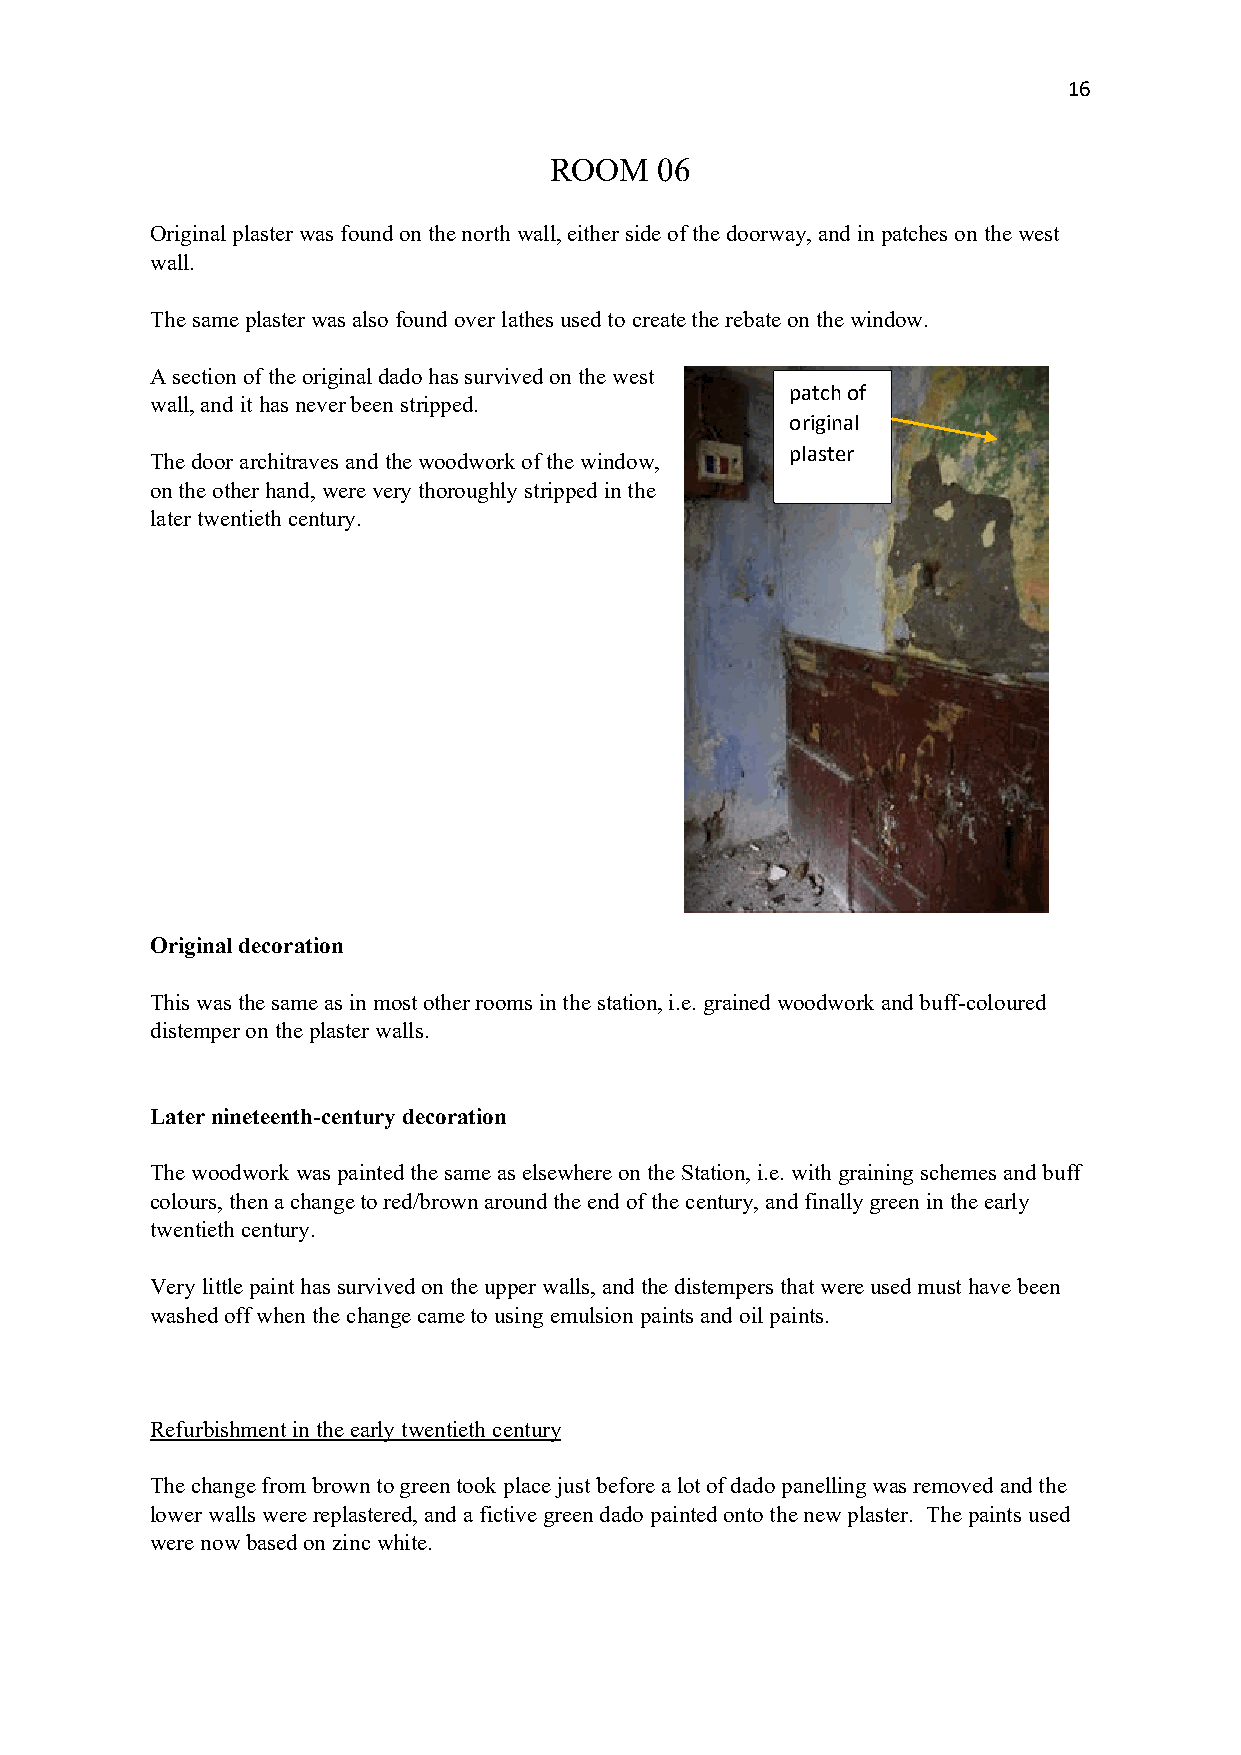
16
 ROOM    06
 Original plaster was found on the north wall, either side of the doorway, and in patches on the west
 wall.
 The same plaster was also found over lathes used to create the rebate on the window.
 A section of the original dado has survived on the west
 patch of
 wall, and it has never been stripped.
 original
 plaster
 The door architraves and the woodwork of the window,
 on the other hand, were very thoroughly stripped in the
 later twentieth century.
 Original decoration
 This was the same as in most other rooms in the station, i.e. grained woodwork and buff-coloured
 distemper on the plaster walls.
 Later nineteenth-century decoration
 The woodwork was painted the same as elsewhere on the Station, i.e. with graining schemes and buff
 colours, then a change to red/brown around the end of the century, and finally green in the early
 twentieth century.
 Very little paint has survived on the upper walls, and the distempers that were used must have been
 washed off when the change came to using emulsion paints and oil paints.
 Refurbishment in the early twentieth century
 The change from brown to green took place just before a lot of dado panelling was removed and the
 lower walls were replastered, and a fictive green dado painted onto the new plaster. The paints used
 were now based on zinc white.